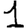
Digit: 1